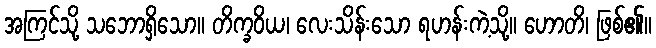
အကြင်သို့ သဘောရှိသော။ တိက္ခဝိယ၊ လေးသိန်းသော ရဟန်းကဲ့သို့။ ဟောတိ၊ ဖြစ်၏။